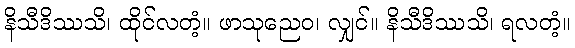
နိသီဒိဿသိ၊ ထိုင်လတံ့။ ဖာသုညေဝ၊ လျှင်။ နိသီဒိဿသိ၊ ရလတံ့။